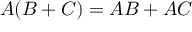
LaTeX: A ( B + C ) = A B + A C